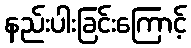
နည်းပါးခြင်းကြောင့်